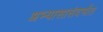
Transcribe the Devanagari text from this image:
अभ्यासासंदर्भात